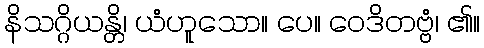
နိသဂ္ဂိယန္တိ၊ ယံဟူသော။ ပေ။ ဝေဒိတဗ္ဗံ၊ ၏။